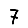
Digit: 7